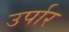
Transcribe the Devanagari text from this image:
उर्पार